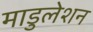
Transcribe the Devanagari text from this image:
माडुलेशन